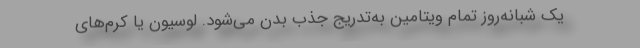
یک‌ شبانه‌روز تمام ویتامین به‌تدریج جذب بدن می‌شود. لوسیون یا کرم‌های